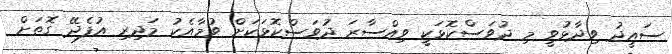
ސައީދު ވިދާޅުވީ މި ދުވަސްކޮޅަކީ ވިއްސާރަ ދުވަސްކޮޅަކަށް ވުމާއެކު މަދިރި އުފެދޭ ގޮތަށް